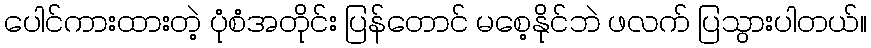
ပေါင်ကားထားတဲ့ ပုံစံအတိုင်း ပြန်တောင် မစေ့နိုင်ဘဲ ဖလက် ပြသွားပါတယ်။